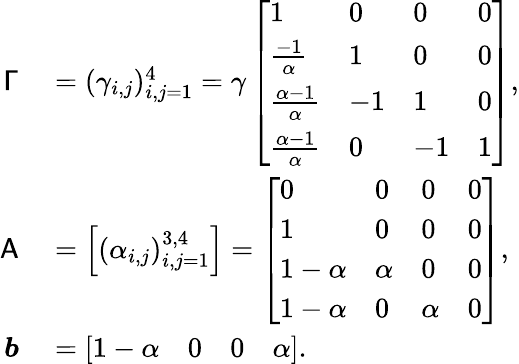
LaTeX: \begin{array}{rl}{\mathsf{\Gamma}}&{{}=(\gamma_{i,j})_{i,j=1}^{4}=\gamma\left[\begin{array}{llll}{1}&{0}&{0}&{0}\\ {\frac{-1}{\alpha}}&{1}&{0}&{0}\\ {\frac{\alpha-1}{\alpha}}&{-1}&{1}&{0}\\ {\frac{\alpha-1}{\alpha}}&{0}&{-1}&{1}\end{array}\right],}\\ {\mathsf{A}}&{{}=\left[\begin{array}{l}{(\alpha_{i,j})_{i,j=1}^{3,4}}\end{array}\right]=\left[\begin{array}{llll}{0}&{0}&{0}&{0}\\ {1}&{0}&{0}&{0}\\ {1-\alpha}&{\alpha}&{0}&{0}\\ {1-\alpha}&{0}&{\alpha}&{0}\end{array}\right],}\\ {\boldsymbol{b}}&{{}=\left[\begin{array}{llll}{1-\alpha}&{0}&{0}&{\alpha}\end{array}\right].}\end{array}